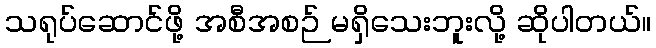
သရုပ်ဆောင်ဖို့ အစီအစဉ် မရှိသေးဘူးလို့ ဆိုပါတယ်။